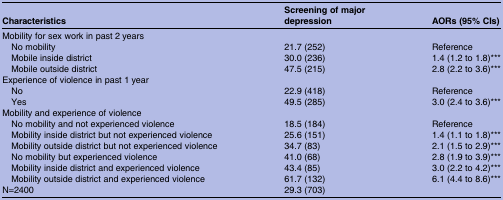
| Characteristics | Screening of major depression | AORs (95% CIs) |
 | --- | --- | --- |
 | Mobility for sex work in past 2 years |  |  |
 | No mobility | 21.7 (252) | Reference |
 | Mobile inside district | 30.0 (236) | 1.4 (1.2 to 1.8)*** |
 | Mobile outside district | 47.5 (215) | 2.8 (2.2 to 3.6)*** |
 | Experience of violence in past 1 year |  |  |
 | No | 22.9 (418) | Reference |
 | Yes | 49.5 (285) | 3.0 (2.4 to 3.6)*** |
 | Mobility and experience of violence |  |  |
 | No mobility and not experienced violence | 18.5 (184) | Reference |
 | Mobility inside district but not experienced violence | 25.6 (151) | 1.4 (1.1 to 1.8)*** |
 | Mobility outside district but not experienced violence | 34.7 (83) | 2.1 (1.5 to 2.9)*** |
 | No mobility but experienced violence | 41.0 (68) | 2.8 (1.9 to 3.9)*** |
 | Mobility inside district and experienced violence | 43.4 (85) | 3.0 (2.2 to 4.2)*** |
 | Mobility outside district and experienced violence | 61.7 (132) | 6.1 (4.4 to 8.6)*** |
 | N=2400 | 29.3 (703) |  |